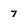
Character: 7